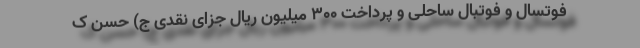
فوتسال و فوتبال ساحلی و پرداخت ۳۰۰ میلیون ریال جزای نقدی ج) حسن ک